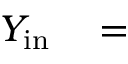
\begin{array} { r l } { Y _ { \mathrm { i n } } } & { { } = } \end{array}